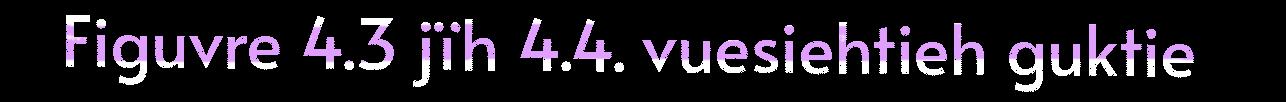
Figuvre 4.3 jïh 4.4. vuesiehtieh guktie